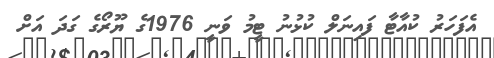
އެފަހަރު ކުއާޓާ ފައިނަލް ކުޅުނު ޓީމު ވަނީ 1976ގެ ޔޫރޯގެ ގަދަ އަށް